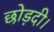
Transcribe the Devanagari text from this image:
छोड़दी।